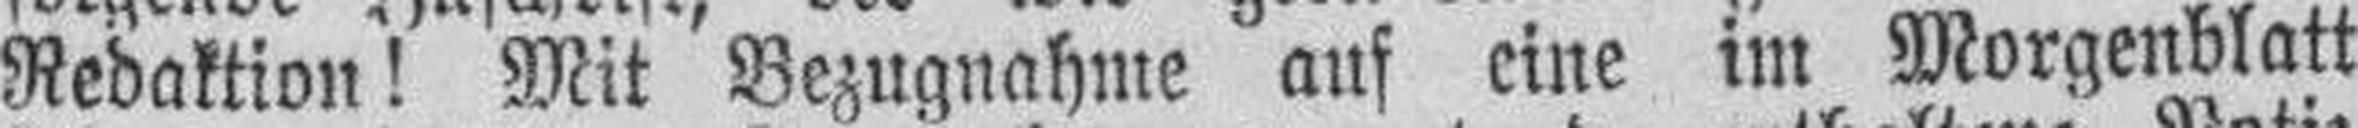
Redaktion! Mit Bezugnahme auf eine im Morgenblatt